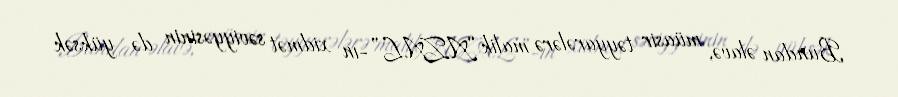
Bundan əlavə, müasir təyyarələrə malik “AZAL”-ın xidmət səviyyəsinin də yüksək